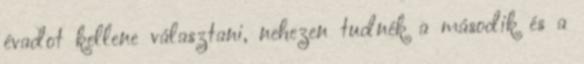
évadot kellene választani, nehezen tudnék a második és a